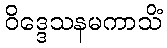
ဝိဒ္ဒေသနမကာသိံ